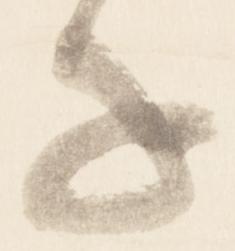
千